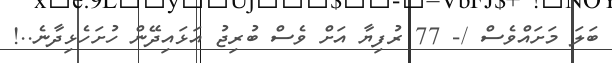
ބަލަ މަށައްވެސް /- 77 ރުފިޔާ އަށް ވެސް ބުރިޖު އަޅައިދޭން ހުށަހެޅިދާނެ..!